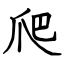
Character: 爬